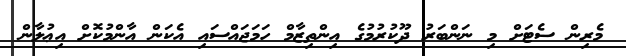
މެރިން ސެޓަށް މި ނަންބަރު ދޫކުރުމުގެ އިންތިޒާމް ހަމަޖައްސައި އެކަން އާންމުކޮށް އިޢުލާން